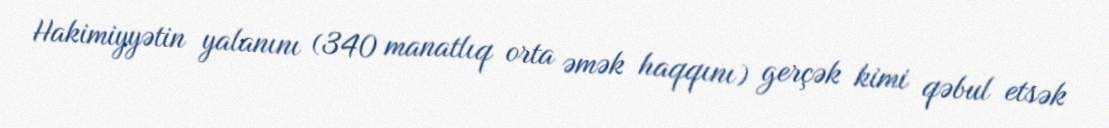
Hakimiyyətin yalanını (340 manatlıq orta əmək haqqını) gerçək kimi qəbul etsək